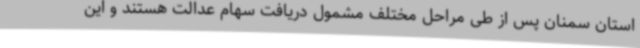
استان سمنان پس از طی مراحل مختلف مشمول دریافت سهام عدالت هستند و این